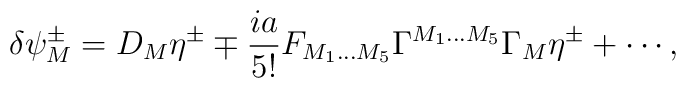
\delta\psi^\pm_M=D_M\eta^\pm             \mp\frac{ia}{5!}             F_{M_1\ldots M_5}             \Gamma^{M_1\ldots M_5}             \Gamma_M\eta^\pm             +\cdots,